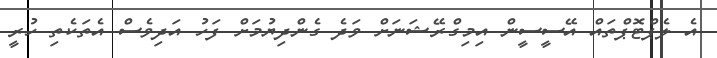
އެ ލެޕްޓޮޕްތައް އޭސީސީން އިމިގްރޭޝަނަށް ވަދެ ގެންދިޔުމަށް ފަހު އަދިވެސް އެތަކެތި ހުރީ